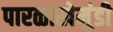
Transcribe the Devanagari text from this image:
पारळाखेमुंडी